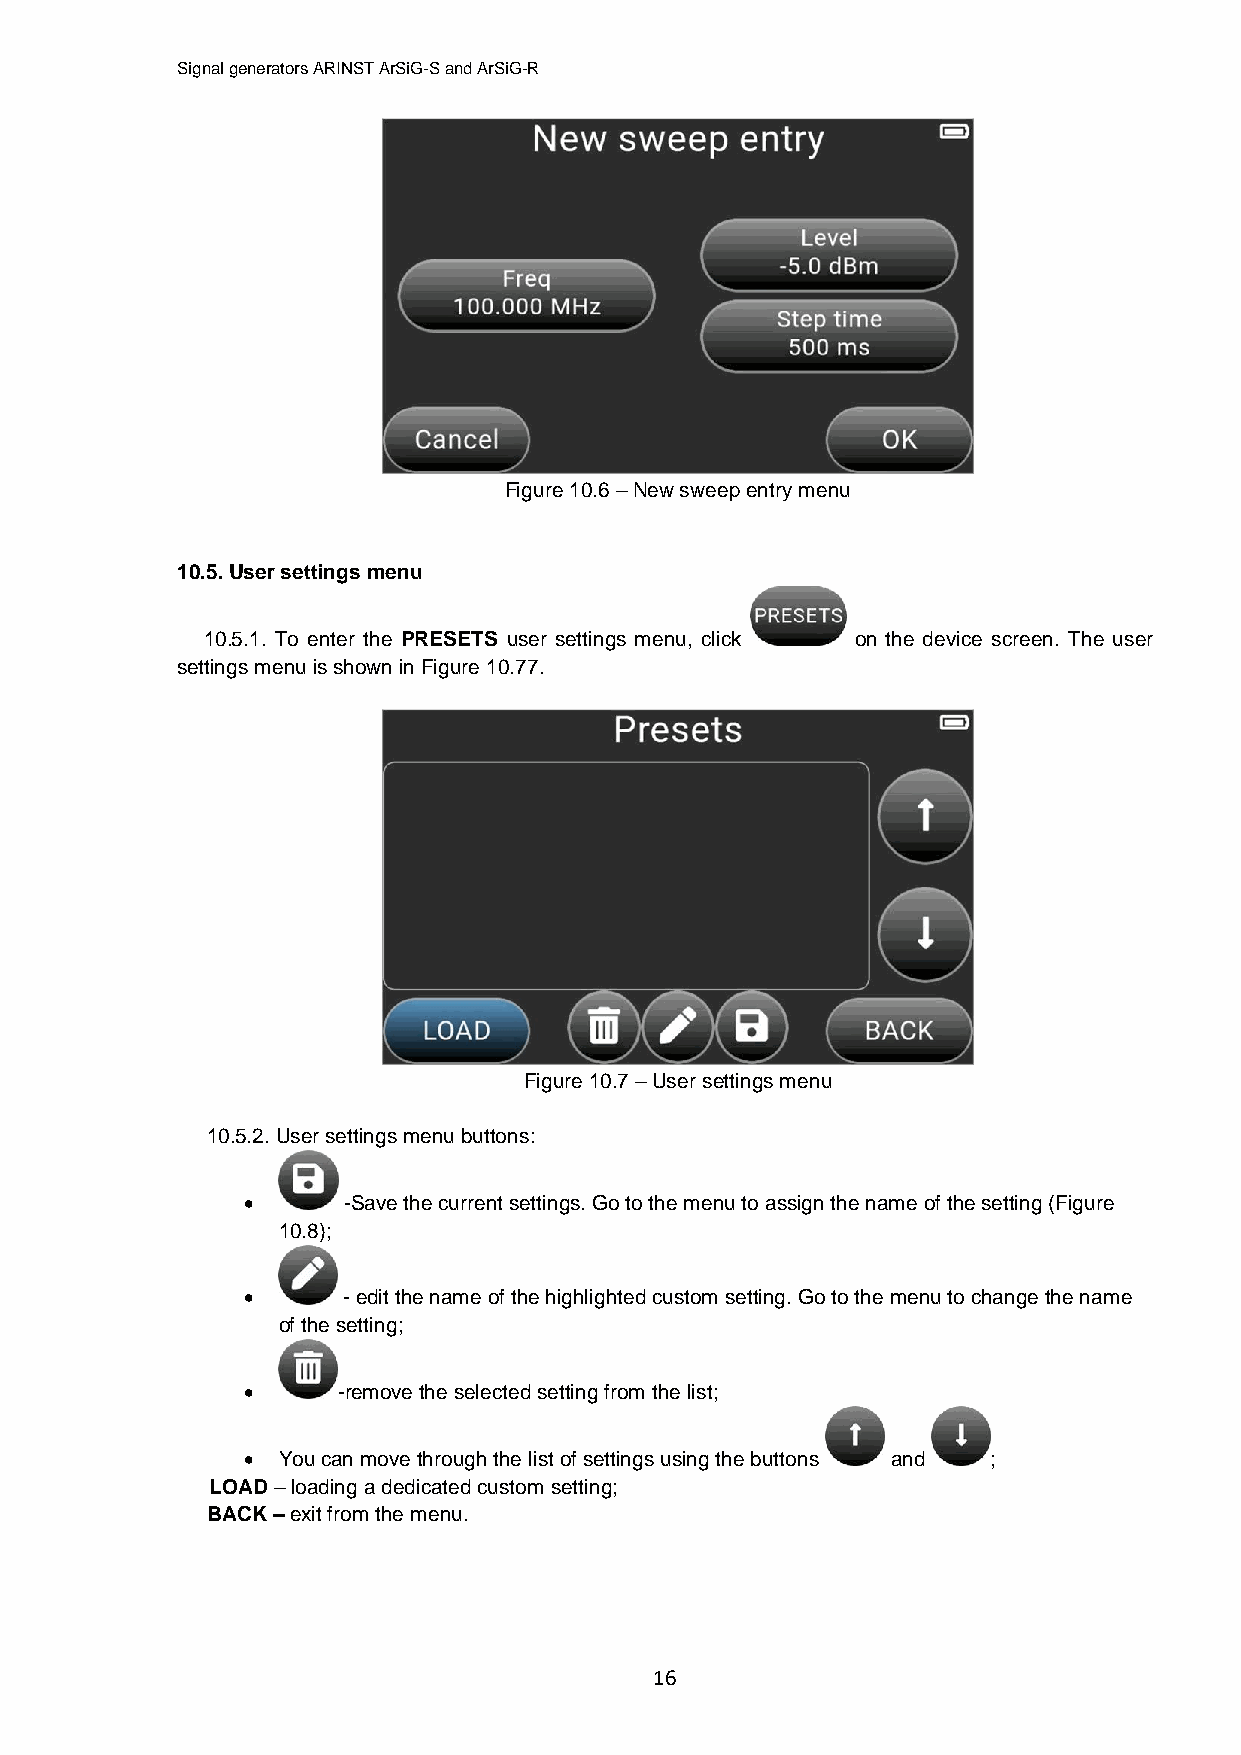
Signal generators ARINST ArSiG-S and ArSiG-R
 Figure 10.6 – New sweep entry menu
 10.5. User settings menu
 10.5.1. To enter the PRESETS user settings menu, click on the device screen. The user
 settings menu is shown in Figure 10.77.
 Figure 10.7 – User settings menu
 10.5.2. User settings menu buttons:
       -Save the current settings. Go to the menu to assign the name of the setting (Figure
 10.8);
       - edit the name of the highlighted custom setting. Go to the menu to change the name
 of the setting;
      -remove the selected setting from the list;
  You can move through the list of settings using the buttons and ;
 LOAD – loading a dedicated custom setting;
 BACK – exit from the menu.
 16